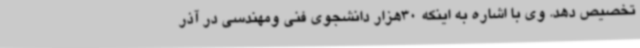
تخصیص دهد. وی با اشاره به اینکه 30هزار دانشجوی فنی ومهندسی در آذر